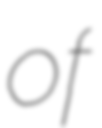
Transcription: of